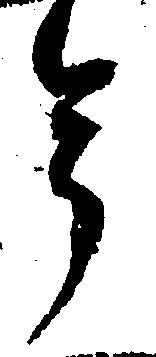
年